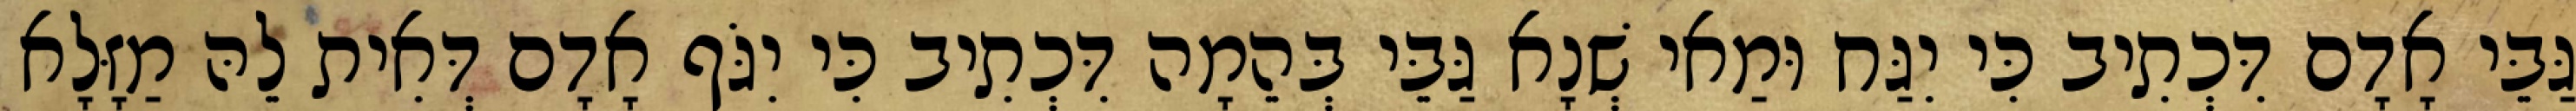
גַּבֵּי אָדָם דִּכְתִיב כִּי יִגַּח וּמַאי שְׁנָא גַּבֵּי בְּהֵמָה דִּכְתִיב כִּי יִגֹּף אָדָם דְּאִית לֵהּ מַזָּלָא